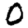
Digit: 0